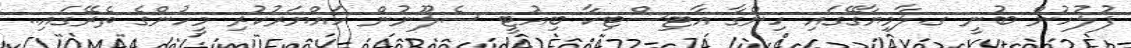
ފުލުހުން ބުނީ ގ.ލާމިޔާގޭގައި ހިންގާ އާޓިސްޓިކާ ބިއުޓީ ސެލޫނުން ހައްޔަރުކުރި މީހުންގެ ތެރޭގައި..